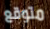
متوقع